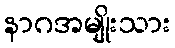
နာဂအမျိုးသား